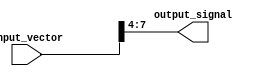
module part_select_assignment (
    input wire [15:0] input_vector,  // 16-bit input vector
    output wire [3:0] output_signal   // 4-bit output signal
);

// Continuously assign a part select of the input vector to the output signal
assign output_signal = input_vector[7:4]; // Select bits 7 to 4 from input_vector

endmodule